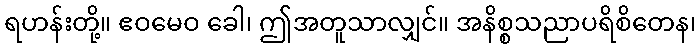
ရဟန်းတို့။ ဧဝမေဝ ခေါ၊ ဤအတူသာလျှင်။ အနိစ္စသညာပရိစိတေန၊